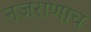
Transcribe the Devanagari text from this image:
नजराणाच